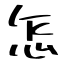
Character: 怎